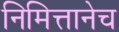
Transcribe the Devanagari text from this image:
निमित्तानेच